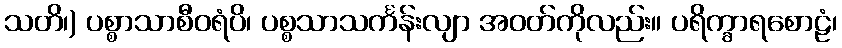
သတိ၊) ပစ္စာသာစီဝရံပိ၊ ပစ္စသာသင်္ကန်းလျာ အဝတ်ကိုလည်း။ ပရိက္ခာရစောဠံ၊